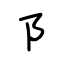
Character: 阝